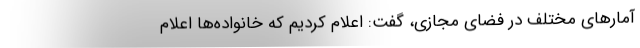
آمارهای مختلف در فضای مجازی، گفت: اعلام کردیم که خانواده‌ها اعلام